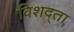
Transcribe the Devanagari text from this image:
विशद्ता